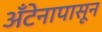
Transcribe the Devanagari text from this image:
अँटेनापासून